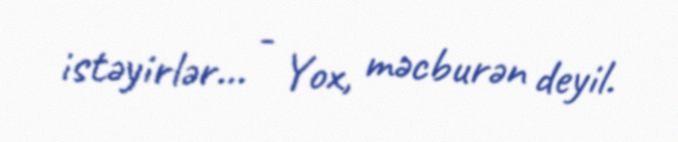
istəyirlər... - Yox, məcburən deyil.